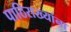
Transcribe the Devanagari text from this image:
पाठिराख्यांना